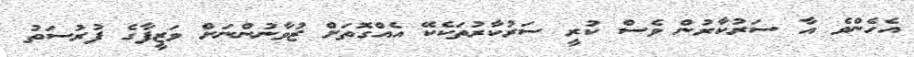
އެހެންވެ އާ ސަރުކާރުން ވެސް ކުރީ ސަރުކާރުތަކެކޭ އެއްގޮތަށް ޒުވާނުންނަށް ވަޒީފާގެ ފުރުސަތު